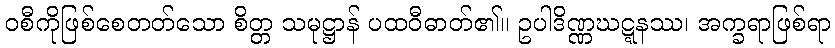
ဝစီကိုဖြစ်စေတတ်သော စိတ္တ သမုဋ္ဌာန် ပထဝီဓာတ်၏။ ဥပါဒိဏ္ဏဃဋ္ဋနဿ၊ အက္ခရာဖြစ်ရာ